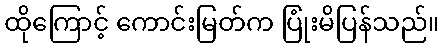
ထိုကြောင့် ကောင်းမြတ်က ပြုံးမိပြန်သည်။